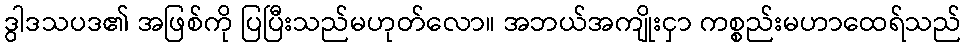
ဒွါဒသပဒ၏ အဖြစ်ကို ပြပြီးသည်မဟုတ်လော။ အဘယ်အကျိုးငှာ ကစ္စည်းမဟာထေရ်သည်